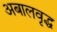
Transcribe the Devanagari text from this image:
अबालवृद्ध